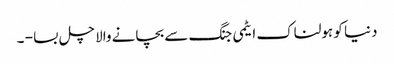
دنیا کو ہولناک ایٹمی جنگ سے بچانے والا چل بسا - ۔